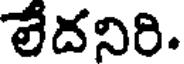
లేదనిరి.